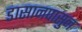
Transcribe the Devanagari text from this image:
डासानपासुन